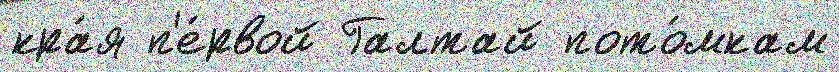
кра́я п'е́рвой Галтай пото́мкам